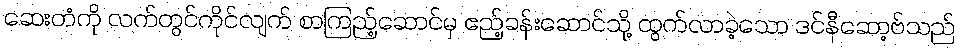
ဆေးတံကို လက်တွင်ကိုင်လျက် စာကြည့်ဆောင်မှ ဧည့်ခန်းဆောင်သို့ ထွက်လာခဲ့သော ဒင်နီဆော့ဗ်သည်